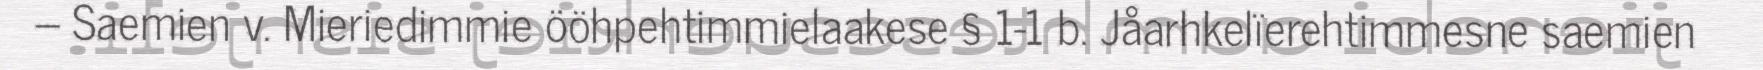
– Saemien v. Mieriedimmie ööhpehtimmielaakese § 1-1 b. Jåarhkelïerehtimmesne saemien